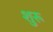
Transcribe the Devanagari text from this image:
शुरू